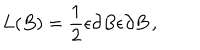
L ( B ) = \frac { 1 } { 2 } \epsilon \partial B \epsilon \partial B \, ,